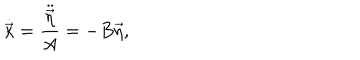
LaTeX: \dot { \vec { \kappa } } = \frac { \ddot { \vec { \eta } } } { A } = - B \vec { \eta } ,